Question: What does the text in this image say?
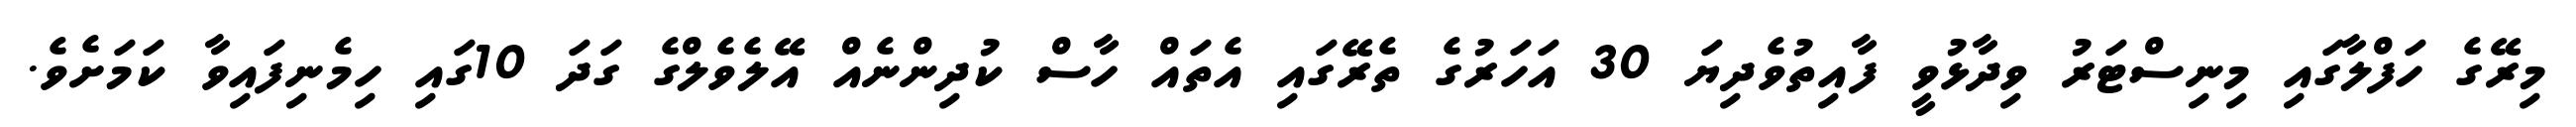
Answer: މިރޭގެ ހަފްލާގައި މިނިސްޓަރު ވިދާޅުވީ ފާއިތުވެދިޔަ 30 އަހަރުގެ ތެރޭގައި އެތައް ހާސް ކުދިންނެއް އޭލެވެލްގެ ގަދަ 10ގައި ހިމެނިފައިވާ ކަމަށެވެ.